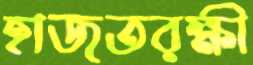
হাজতরক্ষী